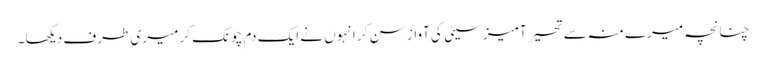
چنانچہ میرے منہ سے تحیر آمیز سیٹی کی آواز سن کر انہوں نے ایک دم چونک کر میری طرف دیکھا ۔